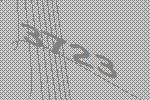
3723